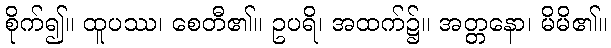
စိုက်၍။ ထူပဿ၊ စေတီ၏။ ဥပရိ၊ အထက်၌။ အတ္တနော၊ မိမိ၏။